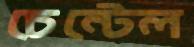
চেন্টেল